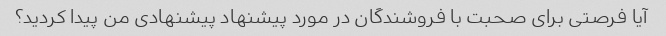
آیا فرصتی برای صحبت با فروشندگان در مورد پیشنهاد پیشنهادی من پیدا کردید؟